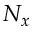
N _ { x }